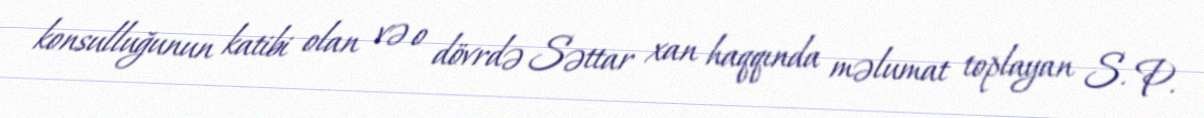
konsulluğunun katibi olan və o dövrdə Səttar xan haqqında məlumat toplayan S. P.